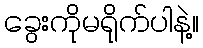
ခွေးကိုမရိုက်ပါနဲ့။